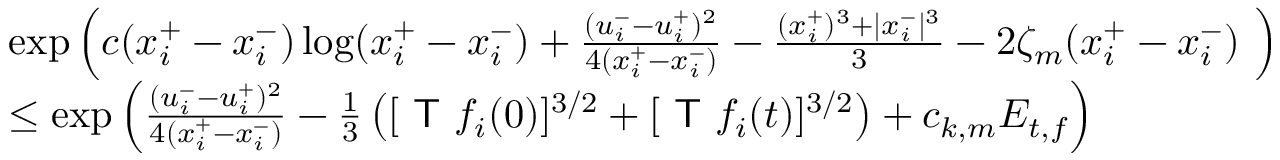
\begin{array} { r l r } & { \exp \left( c ( x _ { i } ^ { + } - x _ { i } ^ { - } ) \log ( x _ { i } ^ { + } - x _ { i } ^ { - } ) + \frac { ( u _ { i } ^ { - } - u _ { i } ^ { + } ) ^ { 2 } } { 4 ( x _ { i } ^ { + } - x _ { i } ^ { - } ) } - \frac { ( x _ { i } ^ { + } ) ^ { 3 } + | x _ { i } ^ { - } | ^ { 3 } } { 3 } - 2 \zeta _ { m } ( x _ { i } ^ { + } - x _ { i } ^ { - } ) \ \right) } \\ & { \le \exp \left( \frac { ( u _ { i } ^ { - } - u _ { i } ^ { + } ) ^ { 2 } } { 4 ( x _ { i } ^ { + } - x _ { i } ^ { - } ) } - \frac { 1 } { 3 } \left( [ \textsf { T } f _ { i } ( 0 ) ] ^ { 3 / 2 } + [ \textsf { T } f _ { i } ( t ) ] ^ { 3 / 2 } \right) + c _ { k , m } E _ { t , f } \right) } & \end{array}